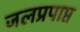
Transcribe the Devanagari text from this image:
जलप्रपाप्त